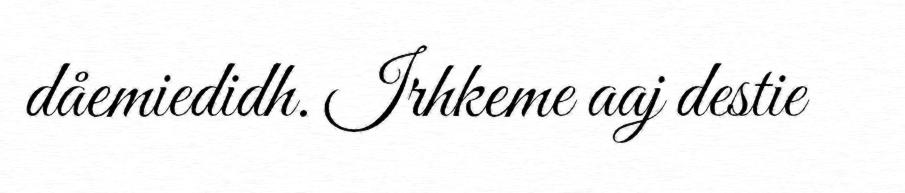
dåemiedidh. Irhkeme aaj destie